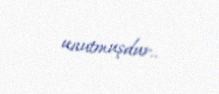
unutmuşdur..